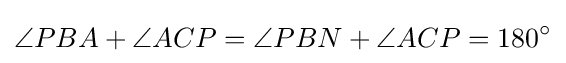
\angle PBA+\angle ACP=\angle PBN+\angle ACP=180^{\circ }